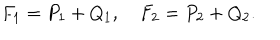
F _ { 1 } = P _ { 1 } + Q _ { 1 } , \quad F _ { 2 } = P _ { 2 } + Q _ { 2 } .